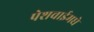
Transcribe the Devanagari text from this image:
पेशवाईमधे